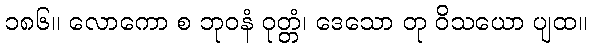
၁၈၆။ လောကော စ ဘုဝနံ ဝုတ္တံ၊ ဒေသော တု ဝိသယော ပျထ။